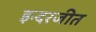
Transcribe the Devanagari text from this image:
इन्दरजीत